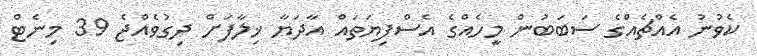
ކެވުނު އެއްޗެއްގެ ސަބަބުން މީހެއްގެ އެސްފިޔަތައް އާދަޔާ ޚިލާފަށް ދިގުވެއްޖެ 39 މިނެޓް